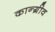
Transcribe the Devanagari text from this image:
कान्ग्रीव